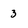
Character: 3